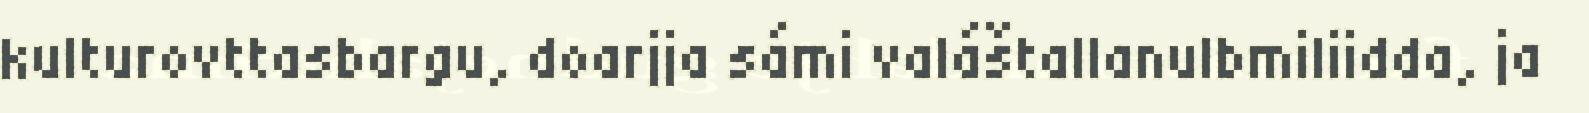
kulturovttasbargu, doarjja sámi valáštallanulbmiliidda, ja